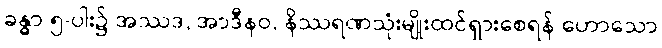
ခန္ဓာ ၅-ပါး၌ အဿဒ, အာဒီနဝ, နိဿရဏသုံးမျိုးထင်ရှားစေရန် ဟောသော